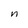
Character: n